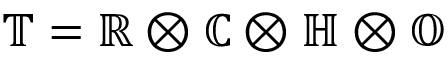
\mathbb { T } = \mathbb { R } \otimes \mathbb { C } \otimes \mathbb { H } \otimes \mathbb { O }